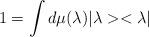
LaTeX: \begin{align*}1 = \int d \mu (\lambda) |\lambda> <\lambda|\end{align*}